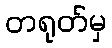
တရုတ်မှ